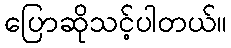
ပြောဆိုသင့်ပါတယ်။